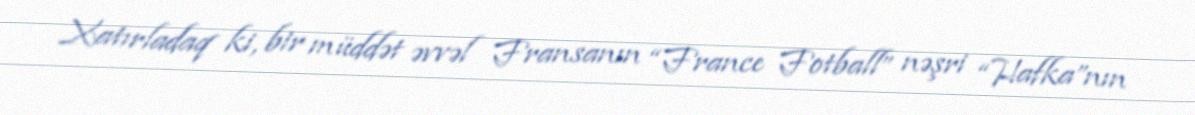
Xatırladaq ki, bir müddət əvvəl Fransanın “France Fotball” nəşri “Hafka”nın